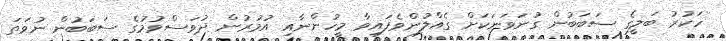
ހަކުރު ބަލީގެ ސަބަބުން ގުނަވަނަކަށް ގެއްލުންވެފައިވާ މީހުންނާއި އުމުރުން ދުވަސްވުމުގެ ސަބަބުން ނުވަތަ